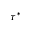
\tau ^ { * }